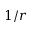
1 / r